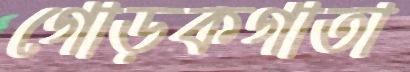
গোড়কগাতা